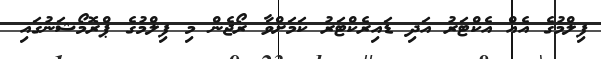
ފިލްމުގެ އެއް އެކްޓަރު އަދި ޑައިރެކްޓަރު ކަމަށްވާ ރޯޖެން މި ފިލްމުގެ ޕްރޮމޯޝަނުގައި